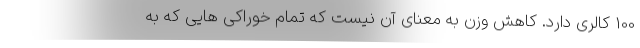
100 کالری دارد. کاهش وزن به معنای آن نیست که تمام خوراکی هایی که به